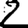
Digit: 2